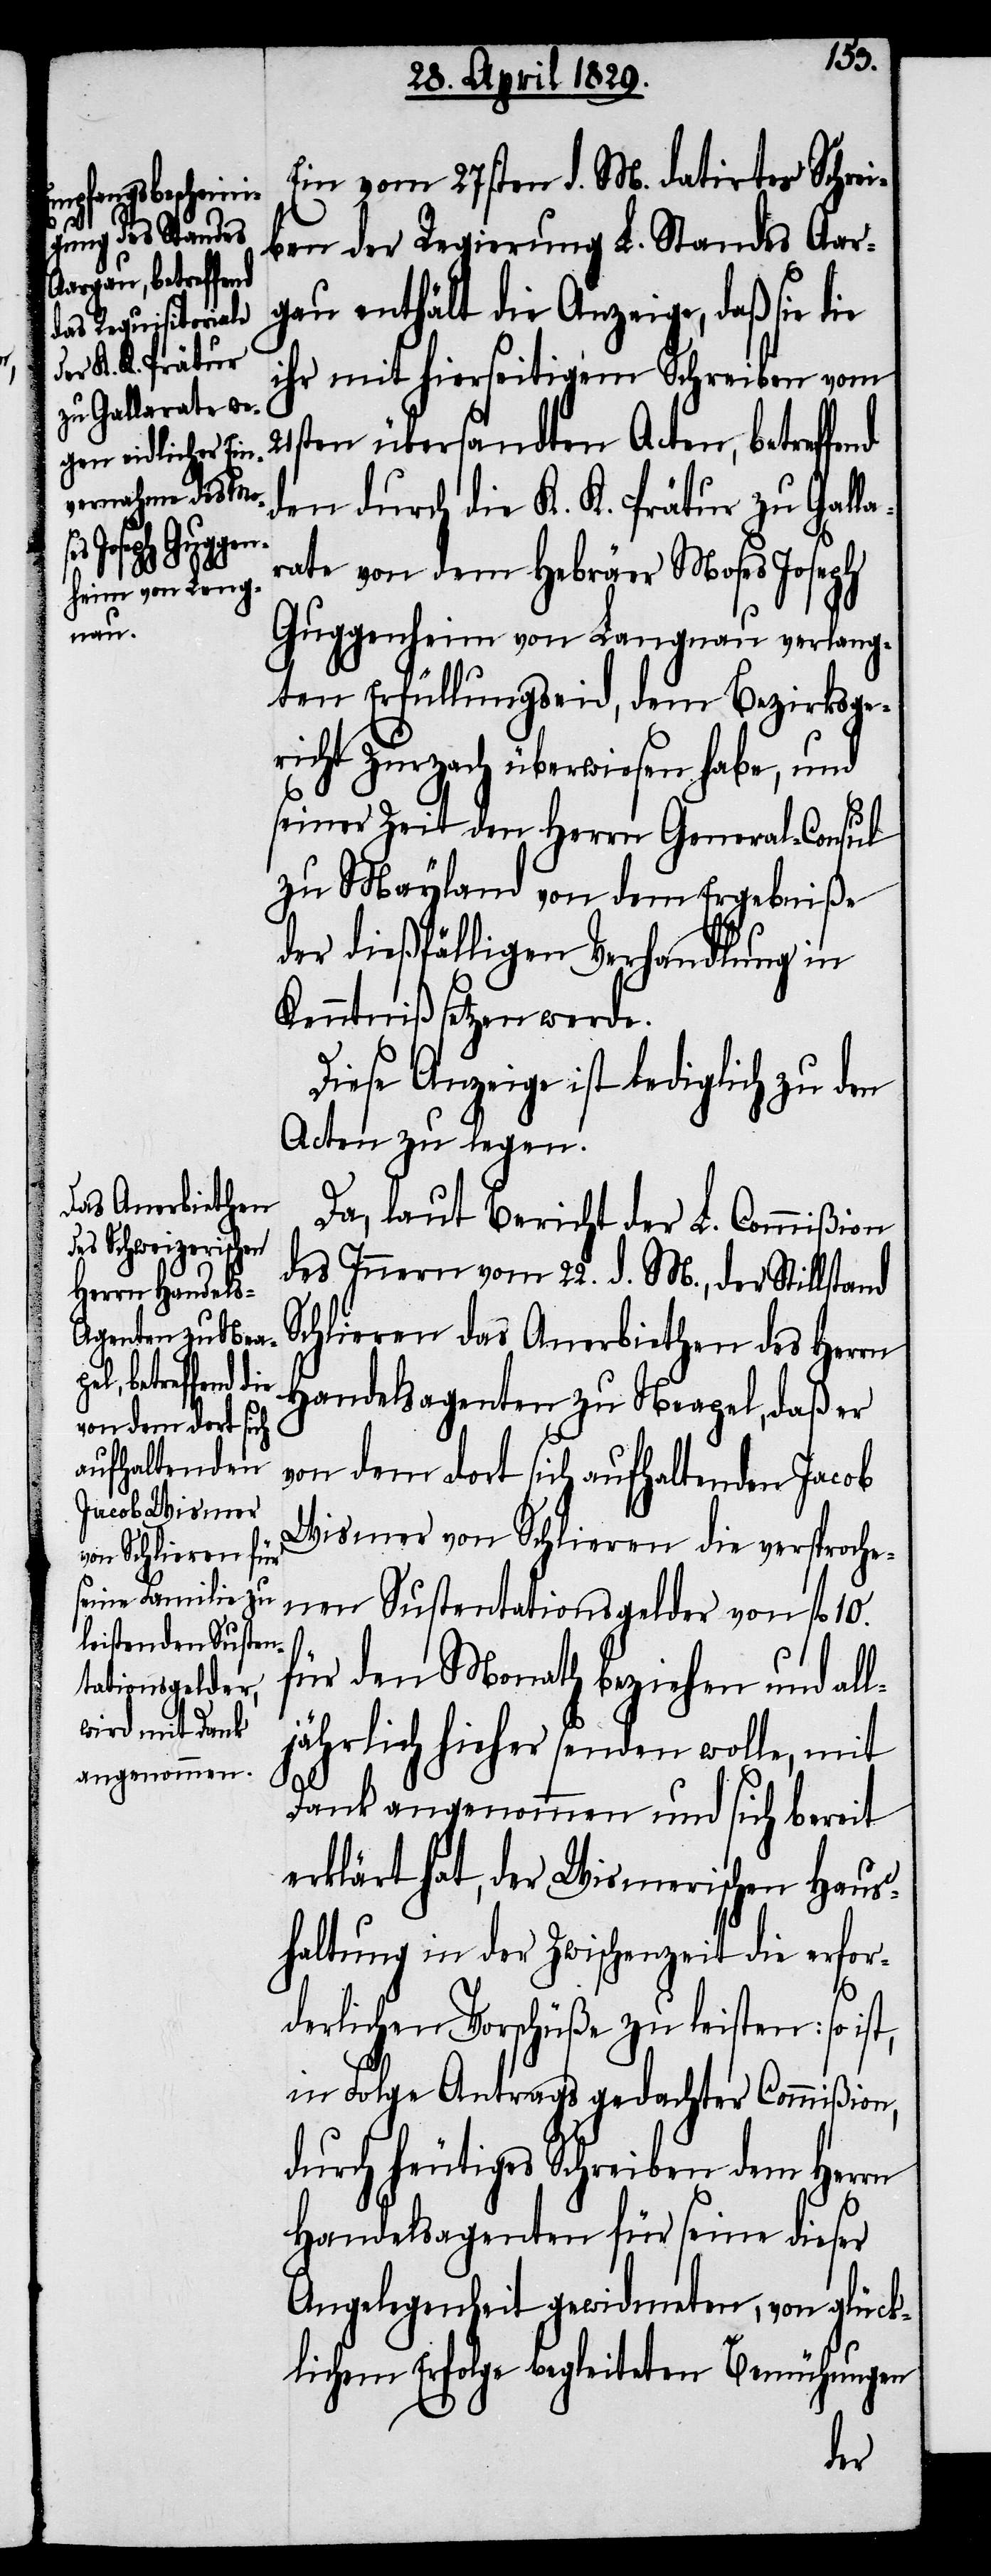
Ein vom 27sten d. M. datirtes Schrei¬
ben der Regierung L. Standes Aar¬
gau enthält die Anzeige, daß sie die
ihr mit hierseitigem Schreiben vom
nd
21sten übersandten Acten, betreffe¬
den durch die K. K. Prätur zu Galla¬
rate von dem Hebräer Moses Joseph
Guggenheim von Langnau verlang¬
ten Erfüllungseid, dem Bezirksge¬
richt Zurzach überwiesen habe, und
seiner Zeit dem Herrn General-Consul
zu Mayland von dem Ergebniße
der dießfälligen Verhandlung in
Kenntniß setzen werde.
Diese Anzeige ist lediglich zu den
Acten zu legen.
Da, laut Bericht der L. Commißion
des Innern vom 22. d. M., der Stillstand
Schlieren das Anerbiethen des Herrn
Handelsagenten zu Neapel, daß er
von dem dort sich aufhaltenden Jacob
Wismer von Schlieren die versproche¬
nen Sustentationsgelder von fl. 10.
für den Monath beziehen wolle,
Dank angenommen und sich bereit
erklärt hat, der Wismerischen Haus¬
haltung in der Zwischenzeit die erfor¬
derlichen Vorschüße zu leisten: so ist,
in Folge Antrags gedachter Commißion,
durch heutiges Schreiben dem Herrn
Handelsagenten für seine dieser
Angelegenheit gewidmeten, von glück¬
lichem Erfolge begleiteten Bemühungen